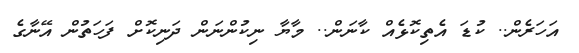
އަހަރެން.. ކުޑަ އެތިކޮޅެއް ކާނަން.. މާޔާ ނިކުންނަން ދަނިކޮށް ފަހަތުން އޭނާގެ